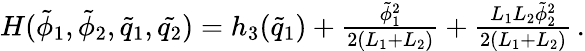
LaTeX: \begin{array}{r}{H(\tilde{\phi}_{1},\tilde{\phi}_{2},\tilde{q}_{1},\tilde{q_{2}})=h_{3}(\tilde{q}_{1})+\frac{\tilde{\phi}_{1}^{2}}{2(L_{1}+L_{2})}+\frac{L_{1}L_{2}\tilde{\phi}_{2}^{2}}{2(L_{1}+L_{2})}\, .}\end{array}